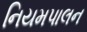
નિયમપાલન